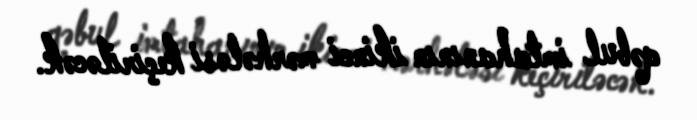
qəbul imtahanının ikinci mərhələsi keçiriləcək.